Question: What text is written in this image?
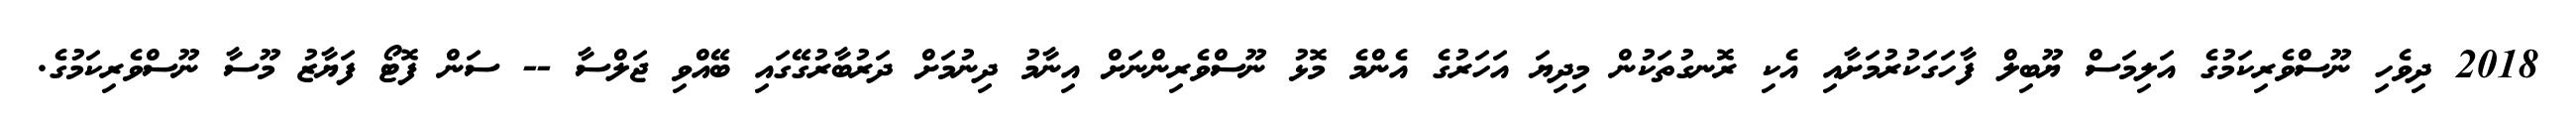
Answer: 2018 ދިވެހި ނޫސްވެރިކަމުގެ އަލިމަސް ޔޫބިލް ފާހަގަކުރުމަށާއި އެކި ރޮނގުތަކުން މިދިޔަ އަހަރުގެ އެންމެ މޮޅު ނޫސްވެރިންނަށް އިނާމު ދިނުމަށް ދަރުބާރުގޭގައި ބޭއްވި ޖަލްސާ -- ސަން ފޮޓޯ ފަޔާޒު މޫސާ ނޫސްވެރިކަމުގެ.